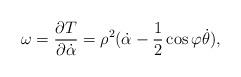
LaTeX: \begin{align*}\omega=\frac{\partial T}{\partial\dot{\alpha}}=\rho^{2}(\dot{\alpha}-\frac{1}{2}\cos\varphi\dot{\theta}), \end{align*}